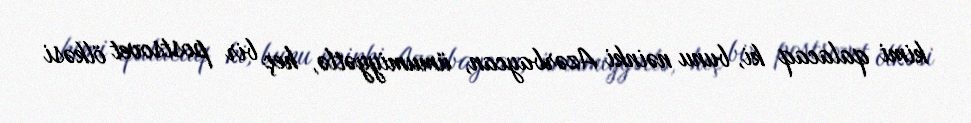
kimi qalacaq ki, bunu nəinki Azərbaycan, ümumiyyətlə, heç bir postsovet ölkəsi